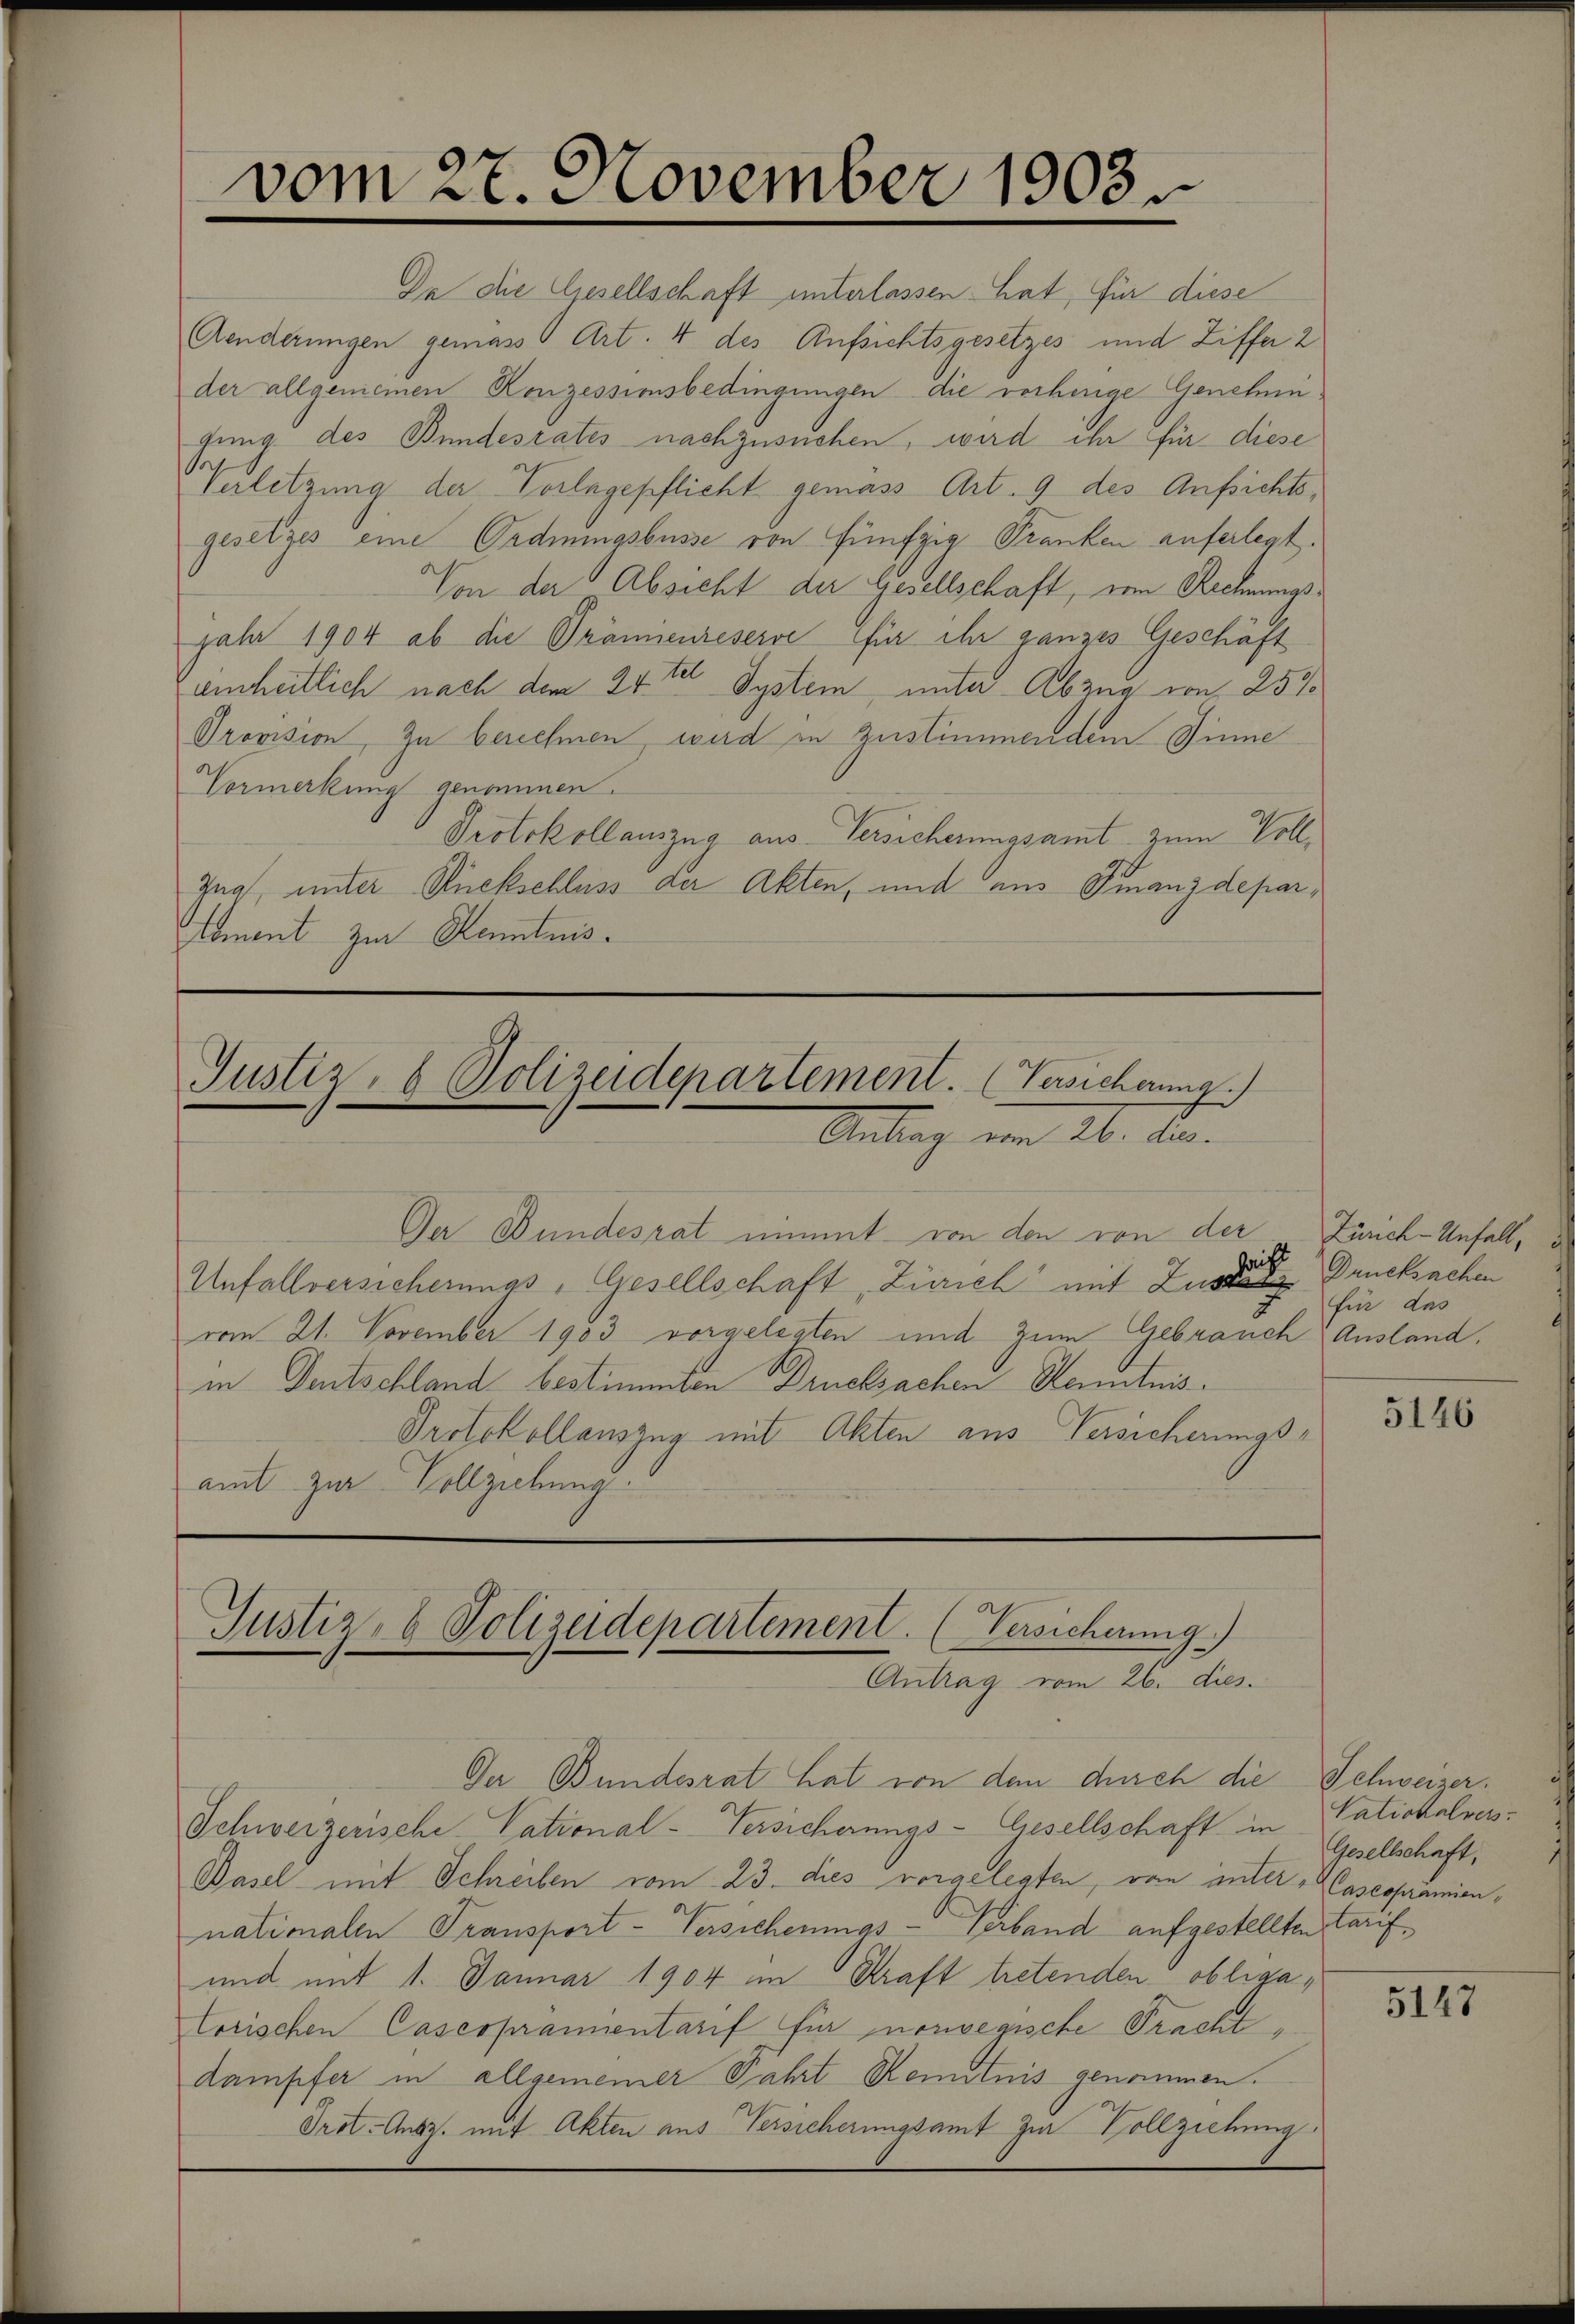
vom 27. November 1903.

Da die Gesellschaft unterlassen hat, für diese
Aenderungen gemäss Art. 4 des Aufsichtsgesetzes und Ziffer 2
der allgemeinen Konzessionsbedingungen die vorherige Genehmifung des Bundesrates nachzusuchen, wird ihr für diese
Verletzung der Torlngepflicht gemäss Art. 9 des Aufsichtsgesetzes eine Ordnungsbusse von fünfzig Franken auferlegt.
Von der Absicht der Gesellschaft, vom Rechnungsjahr 1904 ab die Grännenreserve für ihr ganzes Geschäft
einheitlich nach dem 24ten System unter Abzug von 250
Provision, zu berechnen, wird in Zustimmendem Sinne
Vormerkung genommen.
Protokollauszug aus Versicherungsamt zum Voll¬
Zug, unter Rückschluss der Akten, und aus Finanzdepar¬
Doment zur Kenntnis.

Justiz- & Polizeidepartement. (Versicherung
Antrag vom 26. de
Der Bundesrat nimmt von den von der Zürich-Unfall,

bricht
Unfallversicherungs-Gesellschaft, Zürich mit Zustanz Drucksachen
vom 21. November 1903 vorgelegten und zum Gebrauch Ausland.
in Deutschland bestimmten Drucksachen Kenntnis¬
Protokollauszug mit Akten aus Versicherungs-
amt zur Vollziehung.

Justiz- & Polizeidepartement. (Versicherung)
Antrag vom 26. dies

Der Bundesrat hat von dem durch die Schweizer¬
Schweizerische Vational-Versicherungs-Gesellschaft in Natiokalver¬
Basel mit Schreiben vom 23. dies vorgelegten, von unter Casesprämiennationalen Transport-Versicherungs-Verband aufgestellten Tarif¬
und mit 1. Januar 1904 im Kraft tretenden obligatorischen Casespranientarif für nouvegische Pracht,
dampfer in allgemeiner Fahrt Renntnis genommen.
Grot. Ausz. mit Akten aus Versicherungsamt zur Vollziehung

für das

5146

Gesellschaft,

5147